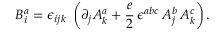
B _ { i } ^ { a } = \epsilon _ { i j k } \; \left( \partial _ { j } A _ { k } ^ { a } + \frac { e } { 2 } \, \epsilon ^ { a b c } \, A _ { j } ^ { b } \, A _ { k } ^ { c } \right) .